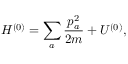
H ^ { ( 0 ) } = \sum _ { a } \frac { p _ { a } ^ { 2 } } { 2 m } + U ^ { ( 0 ) } ,